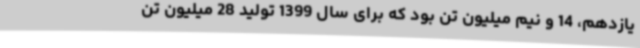
یازدهم، 14 و نیم میلیون تن بود که برای سال 1399 تولید 28 میلیون تن